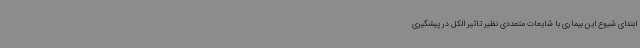
ابتدای شیوع این بیماری با شایعات متعددی نظیر تاثیر الکل در پیشگیری